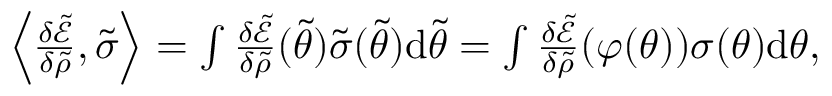
\begin{array} { r } { \Bigl \langle \frac { \delta \tilde { \mathcal { E } } } { \delta \tilde { \rho } } , \tilde { \sigma } \Bigr \rangle = \int \frac { \delta \tilde { \mathcal { E } } } { \delta \tilde { \rho } } ( \tilde { \theta } ) \tilde { \sigma } ( \tilde { \theta } ) \mathrm { d } \tilde { \theta } = \int \frac { \delta \tilde { \mathcal { E } } } { \delta \tilde { \rho } } ( \varphi ( \theta ) ) \sigma ( \theta ) \mathrm { d } \theta , } \end{array}